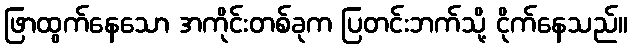
ဖြာထွက်နေသော အကိုင်းတစ်ခုက ပြတင်းဘက်သို့ ငိုက်နေသည်။